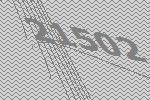
21502